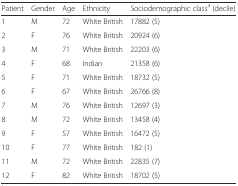
| Patient | Gender | Age | Ethnicity | Sociodemographic classa (decile) |
 | --- | --- | --- | --- | --- |
 | 1 | M | 72 | White British | 17882 (5) |
 | 2 | F | 76 | White British | 20924 (6) |
 | 3 | M | 71 | White British | 22203 (6) |
 | 4 | F | 68 | Indian | 21358 (6) |
 | 5 | F | 71 | White British | 18732 (5) |
 | 6 | F | 67 | White British | 26766 (8) |
 | 7 | M | 76 | White British | 12697 (3) |
 | 8 | M | 72 | White British | 13458 (4) |
 | 9 | F | 57 | White British | 16472 (5) |
 | 10 | F | 77 | White British | 182 (1) |
 | 11 | M | 72 | White British | 22835 (7) |
 | 12 | F | 82 | White British | 18702 (5) |